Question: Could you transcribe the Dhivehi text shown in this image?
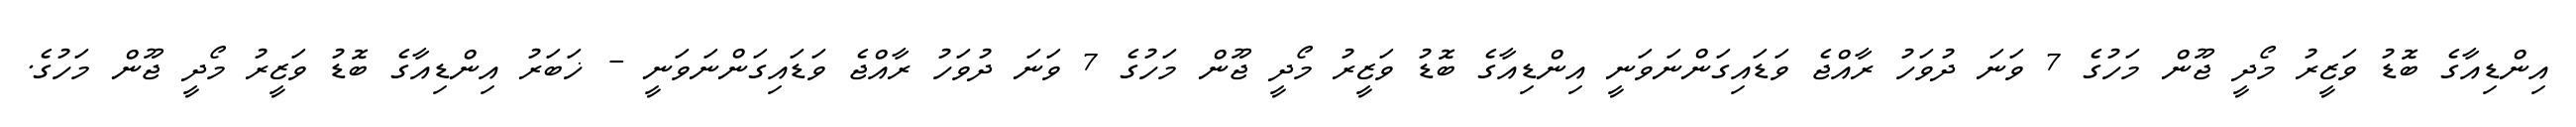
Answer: އިންޑިއާގެ ބޮޑު ވަޒީރު މޯދީ ޖޫން މަހުގެ 7 ވަނަ ދުވަހު ރާއްޖެ ވަޑައިގަންނަވަނީ އިންޑިއާގެ ބޮޑު ވަޒީރު މޯދީ ޖޫން މަހުގެ 7 ވަނަ ދުވަހު ރާއްޖެ ވަޑައިގަންނަވަނީ - ޚަބަރު އިންޑިއާގެ ބޮޑު ވަޒީރު މޯދީ ޖޫން މަހުގެ.